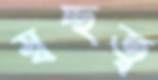
স্বচ্ছত্ব